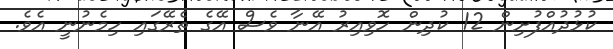
ކުޅުދުއްފުށިން 12 ކުދިން ހޮވިއިރު އޭނާ ވެސް އޭގެ ތެރޭގައި ހިމެނުނީ އެވެ.